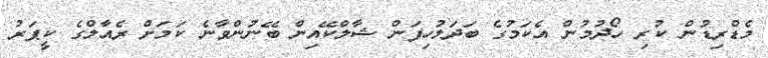
މެޑްރިޑުން ކުރި ހޯދުމުން އެކަމުގެ ބަދަލުހިފަން ޝާލްކޭއިން ބޭނުންވާނެ ކަމަށް ރެއާލްގެ ކީޕަރު